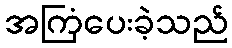
အကြံပေးခဲ့သည်